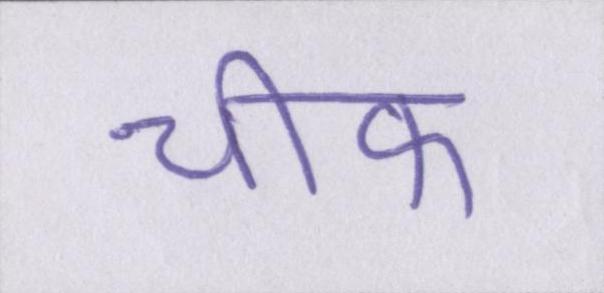
चीफ